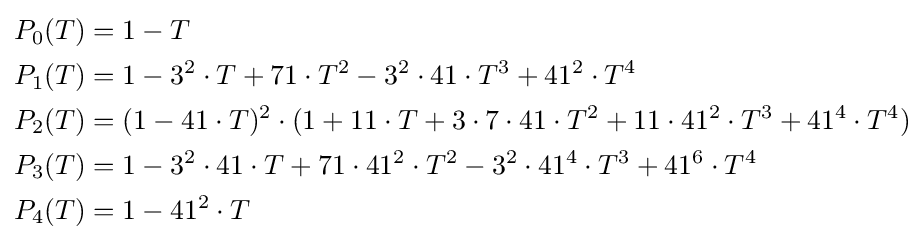
{\begin{alignedat}{2}P_{0}(T)&=1-T\\P_{1}(T)&=1-3^{2}\cdot T+71\cdot T^{2}-3^{2}\cdot 41\cdot T^{3}+41^{2}\cdot T^{4}\\P_{2}(T)&=(1-41\cdot T)^{2}\cdot (1+11\cdot T+3\cdot 7\cdot 41\cdot T^{2}+11\cdot 41^{2}\cdot T^{3}+41^{4}\cdot T^{4})\\P_{3}(T)&=1-3^{2}\cdot 41\cdot T+71\cdot 41^{2}\cdot T^{2}-3^{2}\cdot 41^{4}\cdot T^{3}+41^{6}\cdot T^{4}\\P_{4}(T)&=1-41^{2}\cdot T\end{alignedat}}